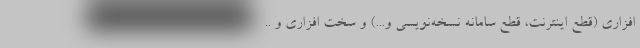
افزاری (قطع اینترنت، قطع سامانه نسخه‌نویسی و...) و سخت افزاری و ..